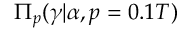
\Pi _ { p } ( \gamma \vert \alpha , p = 0 . 1 T )